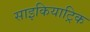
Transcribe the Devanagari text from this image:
साइकियाट्रिक